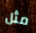
مثل